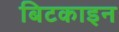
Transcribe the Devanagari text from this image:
बिटकाइन